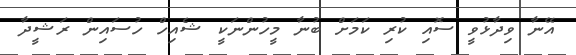
އޭނާ ވިދާޅުވީ ސޮއި ކުރި ކަމަށް ބުނާ މީހުންނަކީ ޝެއިހް ހުސައިން ރަޝީދާ